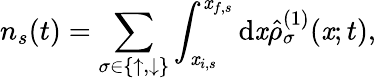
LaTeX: n_{s}(t)=\sum_{\sigma\in\{ \uparrow,\downarrow\} }\int_{\mathit{x}_{i,s}}^{\mathit{x}_{f,s}}\mathrm{{d}}\mathit{x}\hat{{\rho}}_{\sigma}^{(1)}(\mathit{x};t),